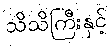
သိသိကြီးနှင့်